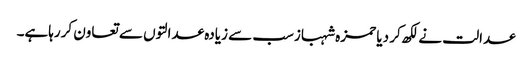
عدالت نے لکھ کر دیا حمزہ شہبازسب سے زیادہ عدالتوں سے تعاون کررہاہے۔